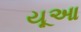
યૂઆ